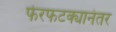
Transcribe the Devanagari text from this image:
फेरफटक्यानंतर